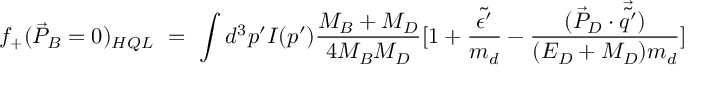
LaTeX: f _ { + } ( \vec { P } _ { B } = 0 ) _ { H Q L } \ = \ \int d ^ { 3 } p ^ { \prime } I ( p ^ { \prime } ) \frac { M _ { B } + M _ { D } } { 4 M _ { B } M _ { D } } [ 1 + \frac { \tilde { \epsilon ^ { \prime } } } { m _ { d } } - \frac { ( \vec { P } _ { D } \cdot \vec { \tilde { q ^ { \prime } } } ) } { ( E _ { D } + M _ { D } ) m _ { d } } ]